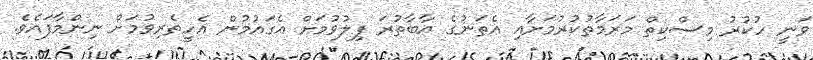
ވަނީ ހުކުރު މިސްކިތް މަރަމާތުކުރުމަށާއި އެތަނުގެ އާބާތުރަ ފިލުވުމަށް އެގައުމުން އެހީތެރިވުމަށް ނިންމާފައެވެ.